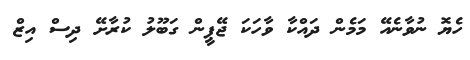
ހެޔޮ ނުވާނެއޭ މަމެން ދައްކާ ވާހަކަ ޖޭޕީން ގަބޫލު ކުރާށޭ ދިސް އިޒް